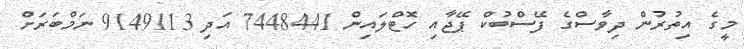
މީގެ އިތުރުން ދިވާސްގެ ފޭސްބުކް ޕޭޖާއި ހޮޓްލައިން 7448441 އަދި 9149113 ނަމްބަރަށް